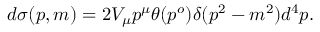
d \sigma ( p , m ) = 2 V _ { \mu } p ^ { \mu } \theta ( p ^ { o } ) \delta ( p ^ { 2 } - m ^ { 2 } ) d ^ { 4 } p .